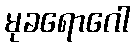
မုခရောဂေါ